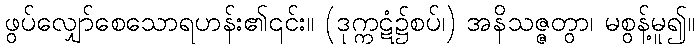
ဖွပ်လျှော်စေသောရဟန်း၏၎င်း။ (ဒုက္ကဋံ၌စပ်၊) အနိသဇ္ဇတွာ၊ မစွန့်မူ၍။